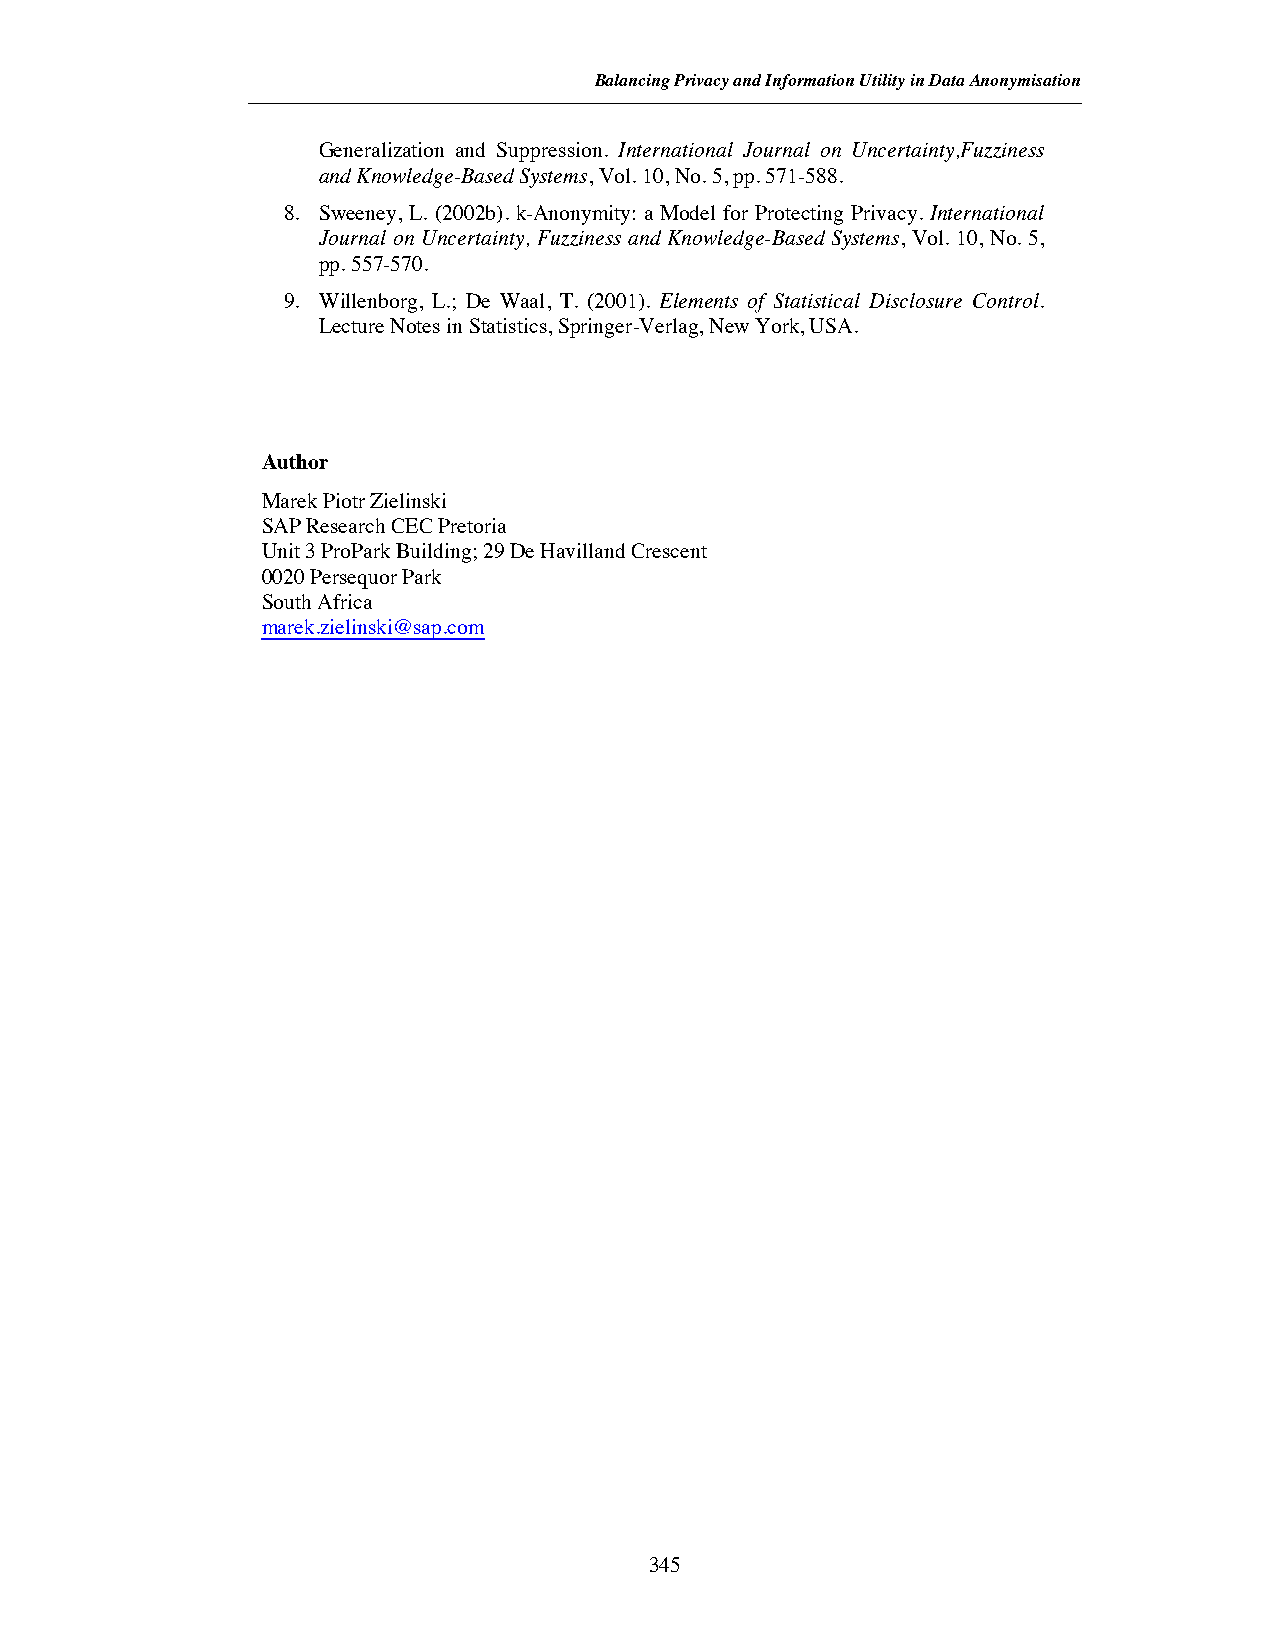
Balancing Privacy and Information Utility in DataAnonymisation
 Generalization and Suppression. International Journal on Uncertainty,Fuzziness
 andKnowledge-BasedSystems,Vol. 10,No. 5, pp. 571-588.
 8. Sweeney, L. (2002b). k-Anonymity: a Model for Protecting Privacy. International
 Journal on Uncertainty, Fuzziness and Knowledge-Based Systems, Vol. 10, No. 5,
 pp. 557-570.
 9. Willenborg, L.; De Waal, T. (2001). Elements of Statistical Disclosure Control.
 LectureNotes inStatistics, Springer-Verlag, NewYork, USA.
 Author
 Marek Piotr Zielinski
 SAP Research CEC Pretoria
 Unit 3 ProPark Building; 29 De Havilland Crescent
 0020 Persequor Park
 South Africa
 marek.zielinski@sap.com
 345